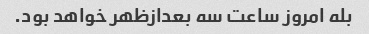
بله امروز ساعت سه بعدازظهر خواهد بود.